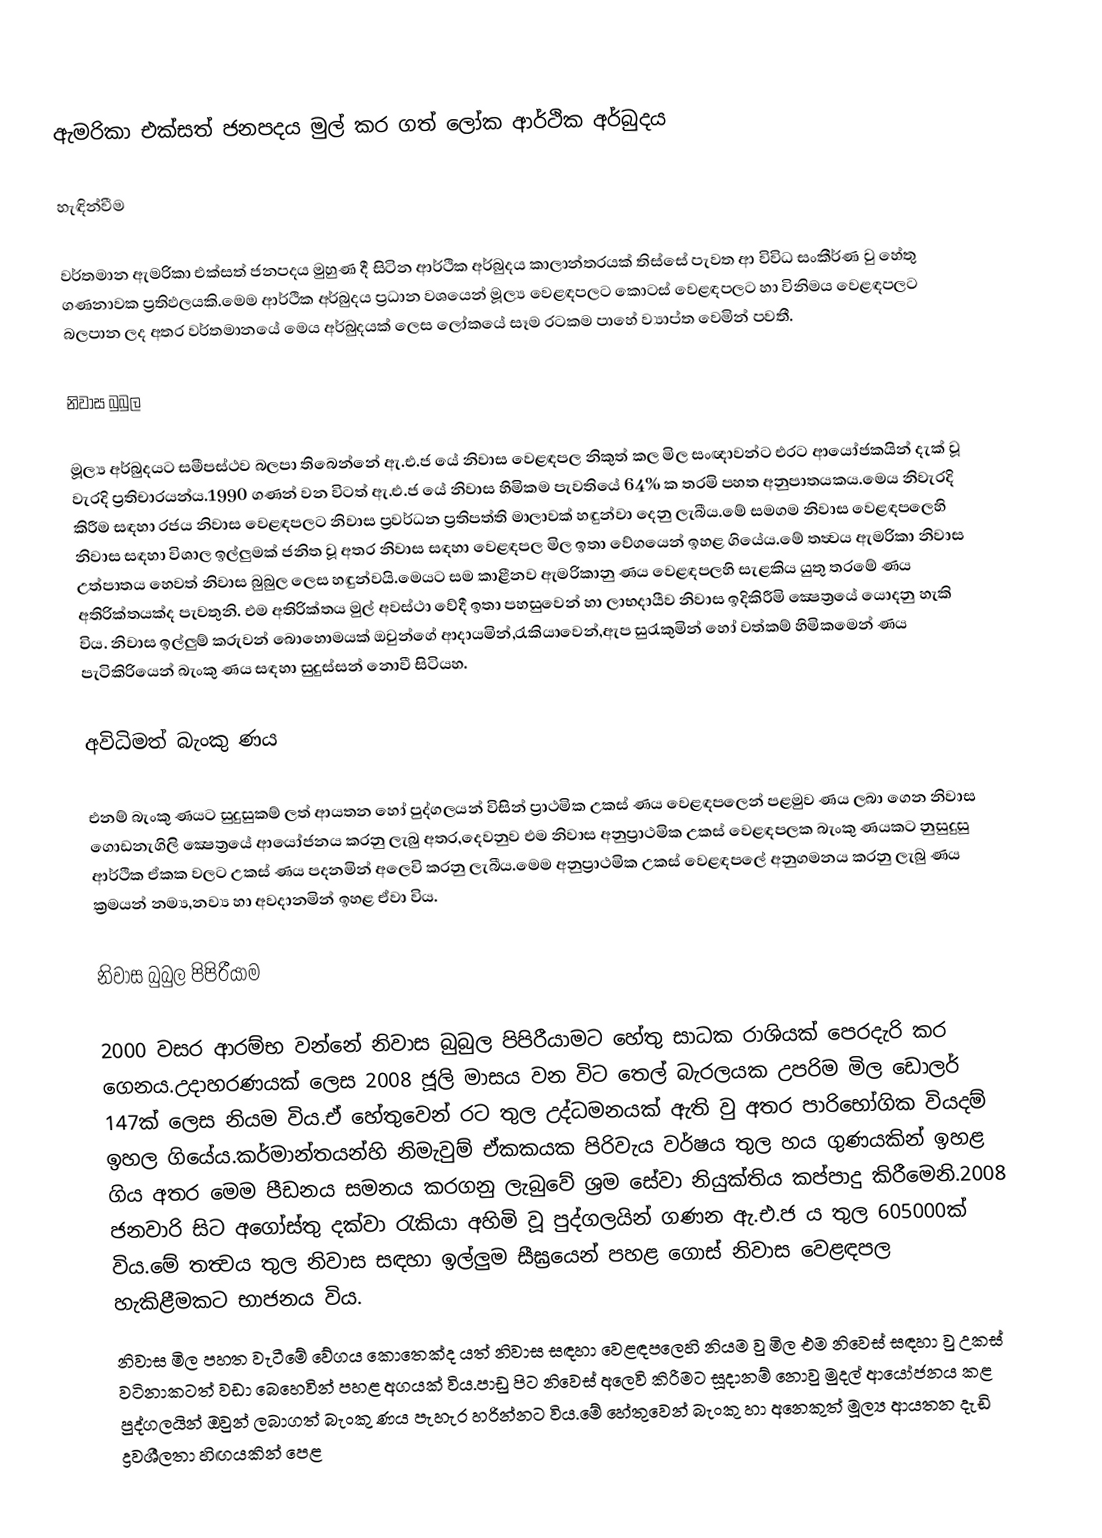
ඇමරිකා එක්සත් ජනපදය මුල් කර ගත් ලෝක ආර්ථික අර්බුදය

හැඳින්වීම

වර්තමාන ඇමරිකා එක්සත් ජනපදය මුහුණ දී සිටින ආර්ථික අර්බුදය කාලාන්තරයක් තිස්සේ පැවත ආ විවිධ සංකීර්ණ වු හේතු ගණනාවක ප්‍රතිඵලයකි.මෙම ආර්ථික අර්බුදය ප්‍රධාන වශයෙන් මූල්‍ය වෙළඳපලට කොටස් වෙළඳපලට හා විනිමය වෙළඳපලට බලපාන ලද අතර වර්තමානයේ මෙය අර්බුදයක් ලෙස ලෝකයේ සෑම රටකම පාහේ ව්‍යාප්ත වෙමින් පවතී.

නිවාස බුබුල

මූල්‍ය අර්බුදයට සමීපස්ථව බලපා තිබෙන්නේ ඇ.එ.ජ යේ නිවාස වෙළඳපල නිකුත් කල මිල සංඥාවන්ට එරට ආයෝජකයින් දැක් වූ වැරදි ප්‍රතිචාරයන්ය.1990 ගණන් වන විටත් ඇ.එ.ජ යේ නිවාස හිමිකම පැවතියේ 64% ක තරමි පහත අනුපාතයකය.මෙය නිවැරදි කිරීම සඳහා රජය නිවාස වෙළඳපලට නිවාස ප්‍රවර්ධන ප්‍රතිපත්ති මාලාවක් හඳුන්වා දෙනු ලැබීය.මේ සමගම  නිවාස වෙළඳපලෙහි නිවාස සඳහා විශාල ඉල්ලුමක් ජනිත වූ අතර නිවාස සඳහා වෙළඳපල මිල ඉතා වේගයෙන් ඉහළ ගියේය.මේ ත‍ත්‍වය ඇමරිකා නිවාස උත්පාතය හෙවත් නිවාස බුබුල ලෙස හඳුන්වයි.මෙයට සම කාළීනව ඇමරිකානු ණය වෙළඳපලහි සැළකිය යුතු තරමේ ණය අතිරික්තයක්ද පැවතුනි. එම අතිරික්තය මුල් අවස්ථා වේදී ඉතා පහසුවෙන් හා ලාභදායීව නිවාස ඉදිකිරීමි ‍ක්‍ෂෙත්‍රයේ යොදනු හැකි විය. නිවාස ඉල්ලුම් කරුවන් බොහොමයක් ඔවුන්ගේ ආදායමින්,රැකියාවෙන්,ඇප සුරැකුමින් හෝ වත්කම් හිමිකමෙන් ණය පැටිකිරියෙන් බැංකු ණය සඳහා සුදුස්සන් නොවී සිටියහ.

අවිධිමත් බැංකු ණය

එනම් බැංකු ණයට සුදුසුකම් ලත් ආයතන හෝ පුද්ගලයන් විසින් ප්‍රාථමික උකස් ණය වෙළඳපලෙන් පළමුව ණය ලබා ගෙන නිවාස ගොඩනැගිලි ක්‍ෂෙත්‍රයේ ආයෝජනය කරනු ලැබු අතර,දෙවනුව එම නිවාස අනුප්‍රාථමික උකස් වෙළඳපලක බැංකු ණයකට නුසුදුසු ආර්ථික ඒකක වලට උකස් ණය පදනමින් අලෙවි කරනු ලැබීය.මෙම අනුප්‍රාථමික උකස් වෙළඳපලේ අනුගමනය කරනු ලැබු ණය ක්‍රමයන් නම්‍ය,නව්‍ය හා අවදානමින් ඉහළ ඒවා විය.

නිවාස බුබුල පිපිරීයාම

2000 වසර ආරම්භ වන්නේ නිවාස බුබුල පිපිරීයාමට හේතු සාධක රාශියක් පෙරදැරි කර ගෙනය.උදාහරණයක් ලෙස 2008 ජූලි මාසය වන විට තෙල් බැරලයක උපරිම මිල ඩොලර් 147ක් ලෙස නියම විය.ඒ හේතුවෙන් රට තුල උද්ධමනයක් ඇති වු අතර පාරිභෝගික වියදම් ඉහල ගියේය.කර්මාන්තයන්හි නිමැවුම් ඒකකයක පිරිවැය වර්ෂය තුල හය ගුණයකින් ඉහළ ගිය අතර මෙම පීඩනය සමනය කරගනු ලැබුවේ ශ්‍රම සේවා නියුක්තිය කප්පාදු කිරීමෙනි.2008 ජනවාරි සිට අගෝස්තු දක්වා රැකියා අහිමි වූ පුද්ගලයින් ගණන ඇ.එ.ජ ය තුල 605000ක් විය.මේ තත්‍වය තුල නිවාස සඳහා ඉල්ලුම සීඝ්‍රයෙන් පහළ ගොස් නිවාස වෙළඳපල හැකිළීමකට භාජනය විය.
නිවාස මිල පහත වැටීමේ වේගය කොතෙක්ද යත් නිවාස සඳහා වෙළඳපලෙහි නියම වු මිල එම නිවෙස් සඳහා වු උකස් වටිනාකටත් වඩා බෙහෙවින් පහළ අගයක් විය.පාඩු පිට නිවෙස් අලෙවි කිරීමට සූදානම් නොවු මුදල් ආයෝජනය කළ පුද්ගලයින් ඔවුන් ලබාගත් බැංකු ණය පැහැර හරින්නට විය.මේ හේතුවෙන් බැංකු හා අනෙකුත් මූල්‍ය ආයතන දැඩි ද්‍රවශීලතා හිඟයකින් පෙළ